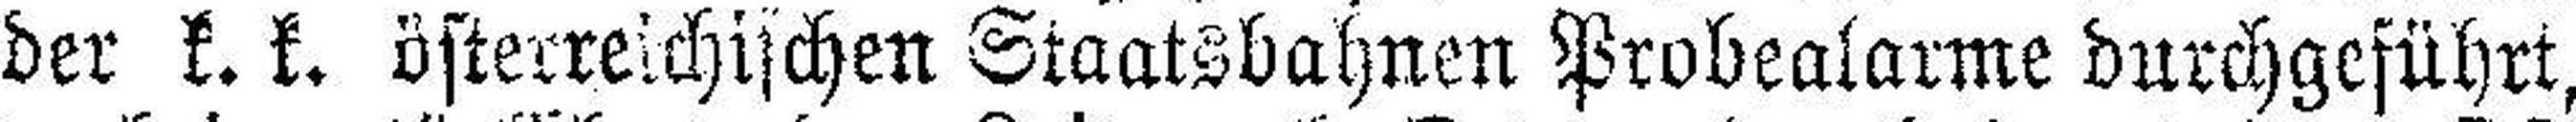
der k. k. österreichischen Staatsbahnen Probealarme durchgeführt,